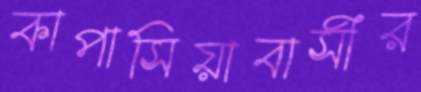
কাপাসিয়াবাসীর